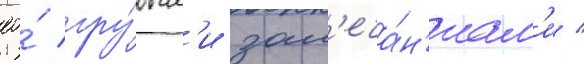
ео́ гру́бым'и зам'еча́н'иам'и /